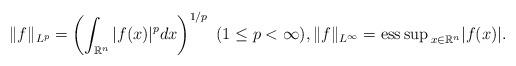
LaTeX: \begin{align*}\| f \|_{L^p} = \left( \int_{\mathbb{R}^n} |f(x)|^p dx \right)^{1/p}\ (1\le p < \infty),\| f \|_{L^{\infty}} = {\rm ess\,sup\,}_{x\in \mathbb{R}^n} |f(x)|.\end{align*}